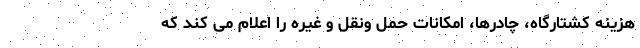
هزینه کشتارگاه، چادرها، امکانات حمل ونقل و غیره را اعلام می کند که